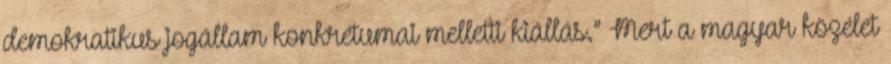
demokratikus jogállam konkrétumai melletti kiállás.” Mert a magyar közélet